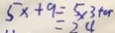
5 x + 9 = 5 \times 3 + 9